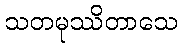
သတမုဿိတာသေ